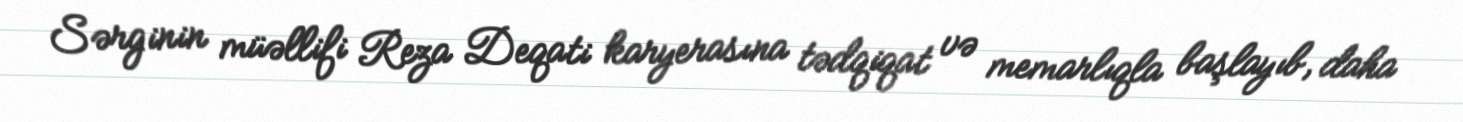
Sərginin müəllifi Reza Deqati karyerasına tədqiqat və memarlıqla başlayıb, daha